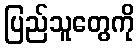
ပြည်သူတွေကို